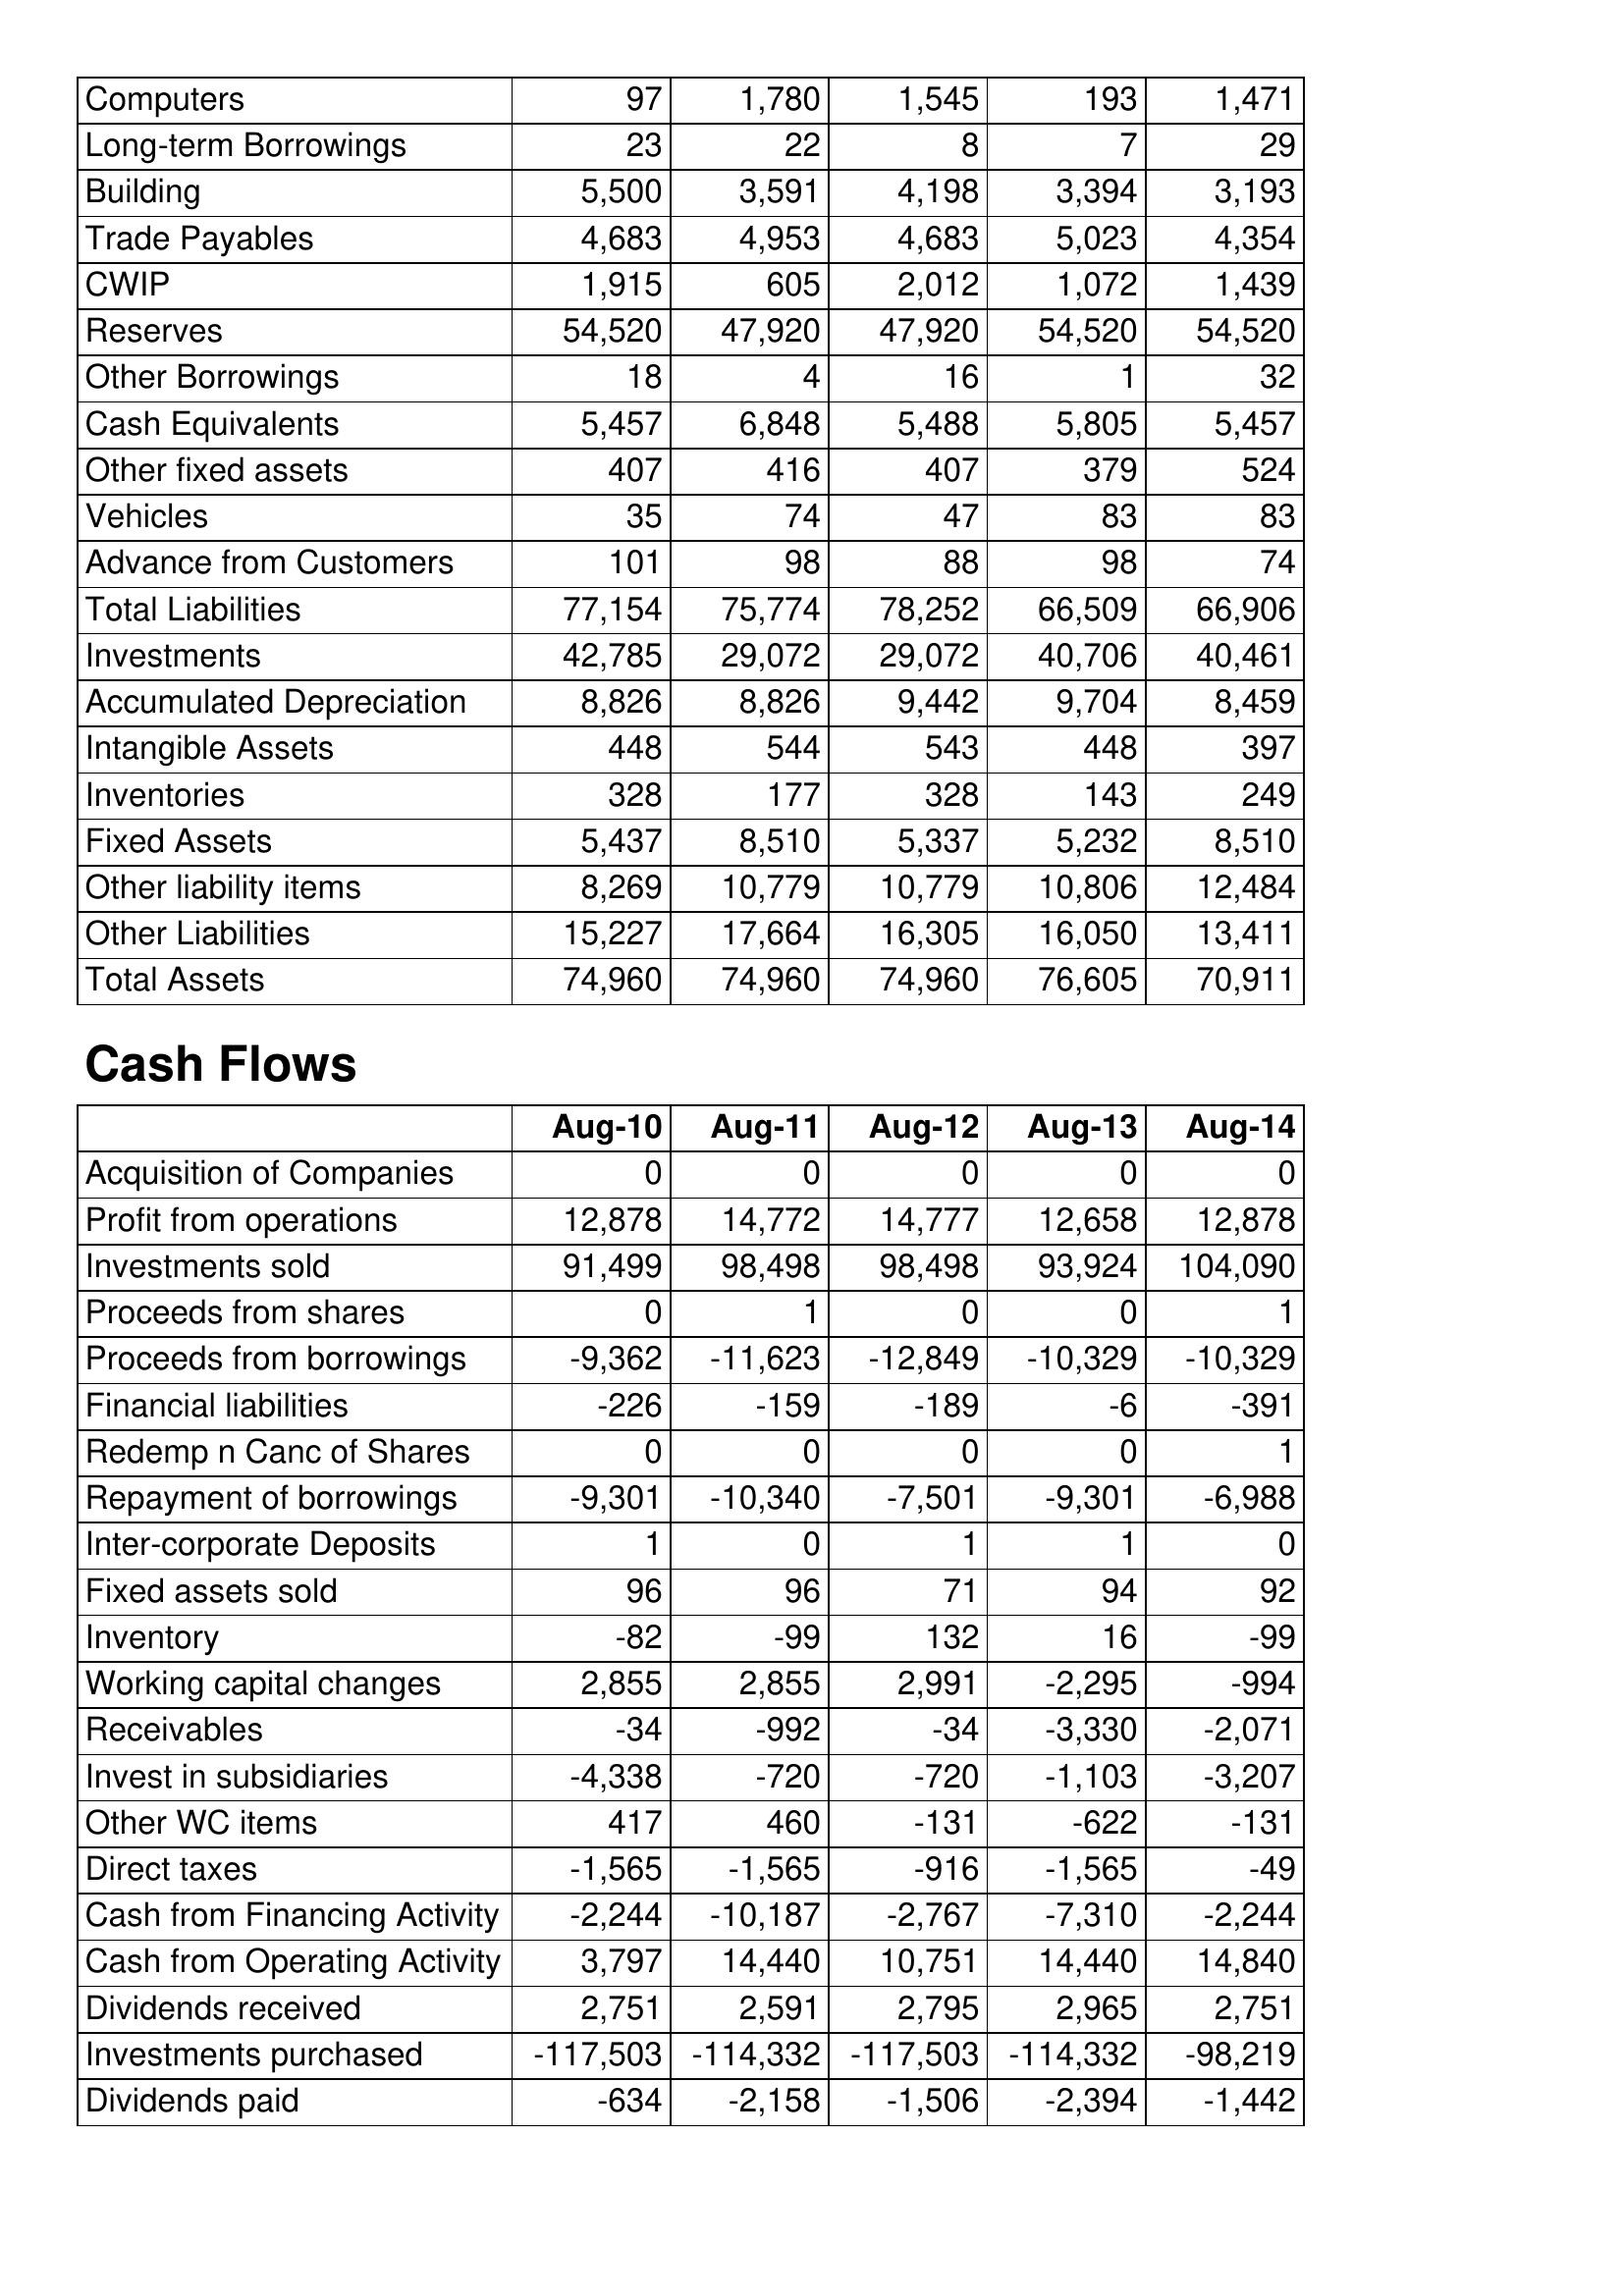
Aug-10: Balance Sheet: Computers: 97
Long-term Borrowings: 23
Building: 5,500
Trade Payables: 4,683
CWIP: 1,915
Reserves: 54,520
Other Borrowings: 18
Cash Equivalents: 5,457
Other fixed assets: 407
Vehicles: 35
Advance from Customers: 101
Total Liabilities: 77,154
Investments: 42,785
Accumulated Depreciation: 8,826
Intangible Assets: 448
Inventories: 328
Fixed Assets: 5,437
Other liability items: 8,269
Other Liabilities: 15,227
Total Assets: 74,960
Cash Flows: Acquisition of Companies: 0
Profit from operations: 12,878
Investments sold: 91,499
Proceeds from shares: 0
Proceeds from borrowings: -9,362
Financial liabilities: -226
Redemp n Canc of Shares: 0
Repayment of borrowings: -9,301
Inter-corporate Deposits: 1
Fixed assets sold: 96
Inventory: -82
Working capital changes: 2,855
Receivables: -34
Invest in subsidiaries: -4,338
Other WC items: 417
Direct taxes: -1,565
Cash from Financing Activity: -2,244
Cash from Operating Activity: 3,797
Dividends received: 2,751
Investments purchased: -117,503
Dividends paid: -634
Aug-11: Balance Sheet: Computers: 1,780
Long-term Borrowings: 22
Building: 3,591
Trade Payables: 4,953
CWIP: 605
Reserves: 47,920
Other Borrowings: 4
Cash Equivalents: 6,848
Other fixed assets: 416
Vehicles: 74
Advance from Customers: 98
Total Liabilities: 75,774
Investments: 29,072
Accumulated Depreciation: 8,826
Intangible Assets: 544
Inventories: 177
Fixed Assets: 8,510
Other liability items: 10,779
Other Liabilities: 17,664
Total Assets: 74,960
Cash Flows: Acquisition of Companies: 0
Profit from operations: 14,772
Investments sold: 98,498
Proceeds from shares: 1
Proceeds from borrowings: -11,623
Financial liabilities: -159
Redemp n Canc of Shares: 0
Repayment of borrowings: -10,340
Inter-corporate Deposits: 0
Fixed assets sold: 96
Inventory: -99
Working capital changes: 2,855
Receivables: -992
Invest in subsidiaries: -720
Other WC items: 460
Direct taxes: -1,565
Cash from Financing Activity: -10,187
Cash from Operating Activity: 14,440
Dividends received: 2,591
Investments purchased: -114,332
Dividends paid: -2,158
Aug-12: Balance Sheet: Computers: 1,545
Long-term Borrowings: 8
Building: 4,198
Trade Payables: 4,683
CWIP: 2,012
Reserves: 47,920
Other Borrowings: 16
Cash Equivalents: 5,488
Other fixed assets: 407
Vehicles: 47
Advance from Customers: 88
Total Liabilities: 78,252
Investments: 29,072
Accumulated Depreciation: 9,442
Intangible Assets: 543
Inventories: 328
Fixed Assets: 5,337
Other liability items: 10,779
Other Liabilities: 16,305
Total Assets: 74,960
Cash Flows: Acquisition of Companies: 0
Profit from operations: 14,777
Investments sold: 98,498
Proceeds from shares: 0
Proceeds from borrowings: -12,849
Financial liabilities: -189
Redemp n Canc of Shares: 0
Repayment of borrowings: -7,501
Inter-corporate Deposits: 1
Fixed assets sold: 71
Inventory: 132
Working capital changes: 2,991
Receivables: -34
Invest in subsidiaries: -720
Other WC items: -131
Direct taxes: -916
Cash from Financing Activity: -2,767
Cash from Operating Activity: 10,751
Dividends received: 2,795
Investments purchased: -117,503
Dividends paid: -1,506
Aug-13: Balance Sheet: Computers: 193
Long-term Borrowings: 7
Building: 3,394
Trade Payables: 5,023
CWIP: 1,072
Reserves: 54,520
Other Borrowings: 1
Cash Equivalents: 5,805
Other fixed assets: 379
Vehicles: 83
Advance from Customers: 98
Total Liabilities: 66,509
Investments: 40,706
Accumulated Depreciation: 9,704
Intangible Assets: 448
Inventories: 143
Fixed Assets: 5,232
Other liability items: 10,806
Other Liabilities: 16,050
Total Assets: 76,605
Cash Flows: Acquisition of Companies: 0
Profit from operations: 12,658
Investments sold: 93,924
Proceeds from shares: 0
Proceeds from borrowings: -10,329
Financial liabilities: -6
Redemp n Canc of Shares: 0
Repayment of borrowings: -9,301
Inter-corporate Deposits: 1
Fixed assets sold: 94
Inventory: 16
Working capital changes: -2,295
Receivables: -3,330
Invest in subsidiaries: -1,103
Other WC items: -622
Direct taxes: -1,565
Cash from Financing Activity: -7,310
Cash from Operating Activity: 14,440
Dividends received: 2,965
Investments purchased: -114,332
Dividends paid: -2,394
Aug-14: Balance Sheet: Computers: 1,471
Long-term Borrowings: 29
Building: 3,193
Trade Payables: 4,354
CWIP: 1,439
Reserves: 54,520
Other Borrowings: 32
Cash Equivalents: 5,457
Other fixed assets: 524
Vehicles: 83
Advance from Customers: 74
Total Liabilities: 66,906
Investments: 40,461
Accumulated Depreciation: 8,459
Intangible Assets: 397
Inventories: 249
Fixed Assets: 8,510
Other liability items: 12,484
Other Liabilities: 13,411
Total Assets: 70,911
Cash Flows: Acquisition of Companies: 0
Profit from operations: 12,878
Investments sold: 104,090
Proceeds from shares: 1
Proceeds from borrowings: -10,329
Financial liabilities: -391
Redemp n Canc of Shares: 1
Repayment of borrowings: -6,988
Inter-corporate Deposits: 0
Fixed assets sold: 92
Inventory: -99
Working capital changes: -994
Receivables: -2,071
Invest in subsidiaries: -3,207
Other WC items: -131
Direct taxes: -49
Cash from Financing Activity: -2,244
Cash from Operating Activity: 14,840
Dividends received: 2,751
Investments purchased: -98,219
Dividends paid: -1,442